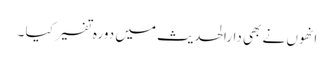
انھوں نے بھی دارالحدیث میں دورہ تفسیر کیا ۔